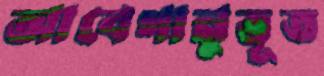
আবেগানুভূত